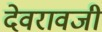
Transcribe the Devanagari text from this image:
देवरावजी